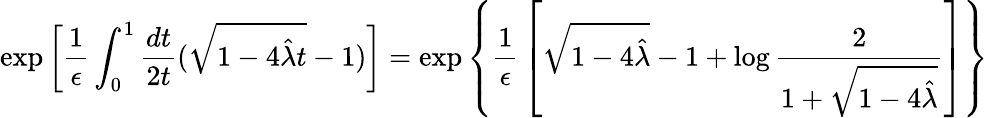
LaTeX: \exp\left[{\frac{1}{\epsilon}}\int_{0}^{1}{\frac{dt}{2t}}(\sqrt{1-4{\hat{\lambda}}t}-1)\right]=\exp\left\{ {\frac{1}{\epsilon}}\left[\sqrt{1-4{\hat{\lambda}}}-1+\log{\frac{2}{1+\sqrt{1-4{\hat{\lambda}}}}}\right]\right\}